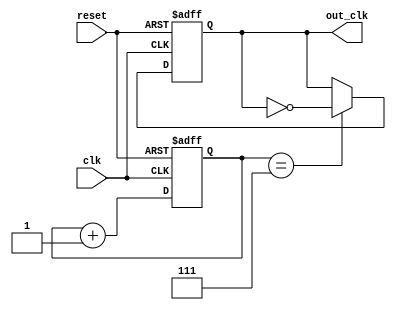
module johnson_counter_clock_divider (
    input wire clk,
    input wire reset,
    output reg out_clk
);

reg [2:0] count;

always @ (posedge clk or posedge reset) begin
    if (reset) begin
        count <= 3'b000;
        out_clk <= 1'b0;
    end else begin
        count <= count + 1;
        if (count == 3'b111) begin
            out_clk <= ~out_clk;
        end 
    end
end

endmodule